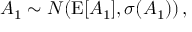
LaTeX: A _ { 1 } \sim { \cal N } ( \mathrm { E } [ A _ { 1 } ] , \sigma ( A _ { 1 } ) ) \, ,